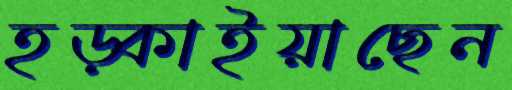
হড়্‌কাইয়াছেন